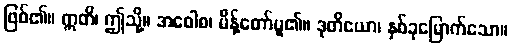
ဖြစ်၏။ ဣတိ၊ ဤသို့။ အဝေါစ၊ မိန့်တော်မူ၏။ ဒုတိယော၊ နှစ်ခုမြောက်သော။